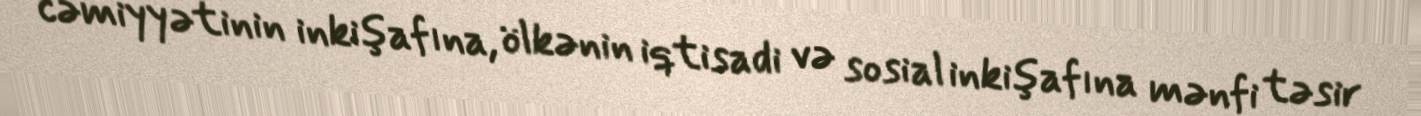
cəmiyyətinin inkişafına, ölkənin iqtisadi və sosial inkişafına mənfi təsir